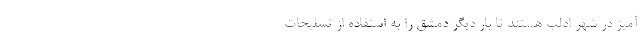
آمیز در شهر ادلب هستند تا بار دیگر دمشق را به استفاده از تسلیحات